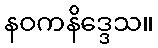
နဝကနိဒ္ဒေသ။